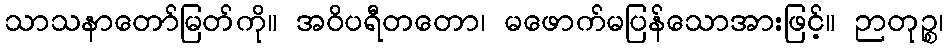
သာသနာတော်မြတ်ကို။ အဝိပရီတတော၊ မဖောက်မပြန်သောအားဖြင့်။ ဉာတုဉ္စ၊